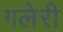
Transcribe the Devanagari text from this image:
गलेरी